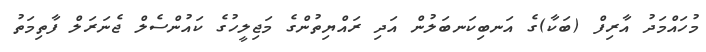
މުހައްމަދު އާރިފް (ބަކާ)ގެ އަނބިކަނބަލުން އަދި ރައްޔިތުންގެ މަޖިލީހުގެ ކައުންސެލް ޖެނަރަލް ފާތިމަތު